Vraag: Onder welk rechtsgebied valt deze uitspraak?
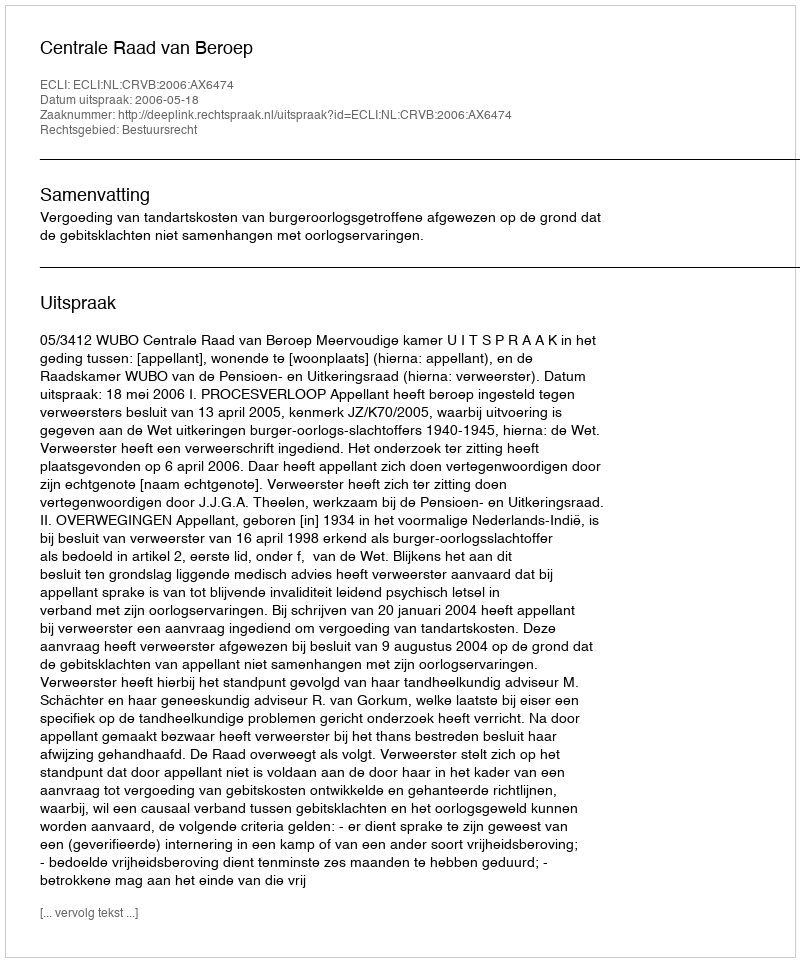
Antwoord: Bestuursrecht